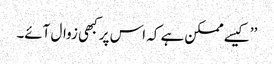
’’کیسے ممکن ہے کہ اس پر کبھی زوال آئے۔